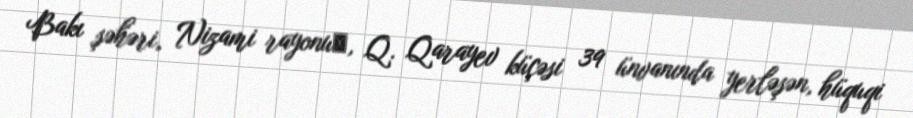
Bakı şəhəri, Nizami rayonu‎, Q. Qarayev küçəsi 39 ünvanında yerləşən, hüquqi